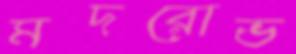
মদরোভ